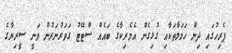
ޕެރިހުގައި ދިން ހަމަލާތަކާއި ގުޅިގެން އެމެރިކާގެ ބައެއް ސްޓޭޓު ގަވަރުނަރުން ވަނީ ސީރިޔާގެ